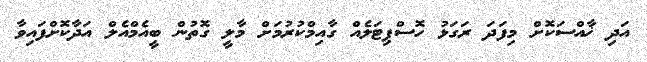
އަދި ޚާއްސަކޮށް މިފަދަ ރަގަޅު ހޮސްޕިޓަލެއް ގާއިމްކުރުމަށް މާލީ ގޮތުން ބީއެމްއެލް އަދާކޮށްފައިވާ